Vaccine operations Central Provinces 1868-1885 - 1868-1885
Year: 1868
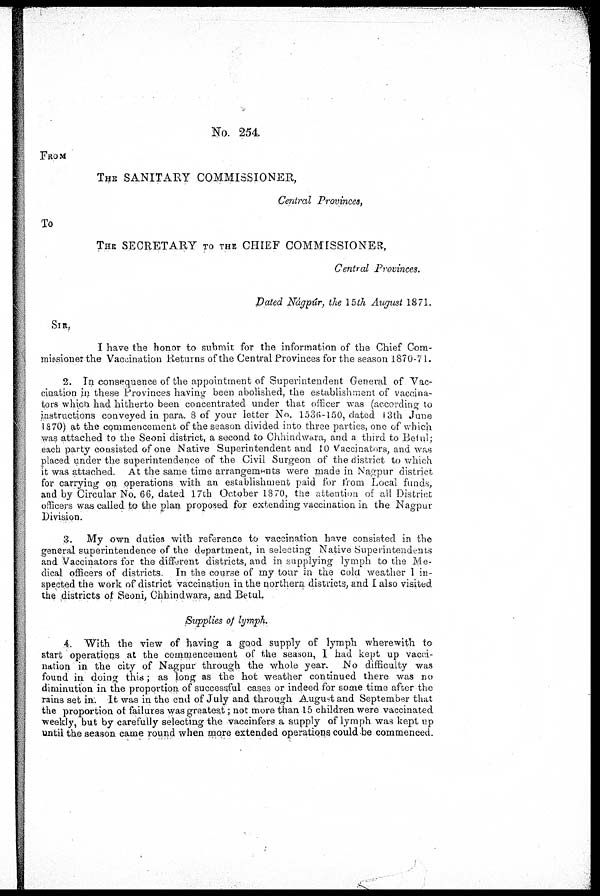
No. 254
FROM
THE SANITARY COMMISSIONER,
Central Provinces,
To
THE SECRETARY TO THE CHIEF COMMISSIONER,
Central Provinces.
Dated Nágpúr, the 15 th August 1871.
SIR,
I have the honor to submit for the information of the Chief Com-
missioner the Vaccination Returns of the Central Provinces for the season 1870-71.
2. In consequence of the appointment of Superintendent General of Vac-
cination in these Provinces having been abolished, the establishment of vaccina-
tors which had hitherto been concentrated under that officer was (according to
instructions conveyed in para. 8 of your letter No. 1536-150, dated 13th June
1870) at the commencement of the season divided into three parties, one of which
was attached to the Seoni district, a second to Chhindwara, and a third to Betul;
each party consisted of one Native Superintendent and 10 Vaccinators, and was
placed under the superintendence of the Civil Surgeon of the district to which
it was attached. At the same time arrangements were made in Nagpur district
for carrying on operations with an establishment paid for from Local funds,
and by Circular No. 66, dated 17th October 1870, the attention of all District
officers was called to the plan proposed for extending vaccination in the Nagpur
Division.
3. My own duties with reference to vaccination have consisted in the
general superintendence of the department, in selecting Native Superintendents
and Vaccinators for the different districts, and in supplying lymph to the Me-
dical officers of districts. In the course of my tour in the cold weather I in-
spected the work of district vaccination in the northern districts, and I also visited
the districts of Seoni, Chhindwara, and Betul.
Supplies of lymph.
4. With the view of having a good supply of lymph wherewith to
start operations at the commencement of the season, I had kept up vacci-
nation in the city of Nagpur through the whole year. No difficulty was
found in doing this; as long as the hot weather continued there was no
diminution in the proportion of successful cases or indeed for some time after the
rains set in. It was in the end of July and through August and September that
the proportion of failures was greatest; not more than 15 children were vaccinated
weekly, but by carefully selecting the vaccinfers a supply of lymph was kept up
until the season came round when more extended operations could be commenced.